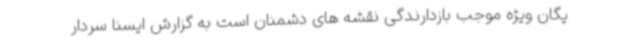
یگان ویژه موجب بازدارندگی نقشه های دشمنان است به گزارش ایسنا سردار